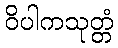
ဝိပါကသုတ္တံ